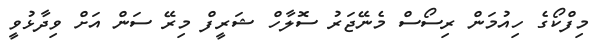
މިފްކޯގެ ހިއުމަން ރިސޯސް މެނޭޖަރު ސޮލާހް ޝަރީފް މިރޭ ސަން އަށް ވިދާޅުވީ